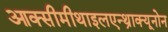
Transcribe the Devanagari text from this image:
आक्सीमीथाइलएन्थ्राक्यूनोन